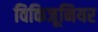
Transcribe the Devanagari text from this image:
विकिजूनियर